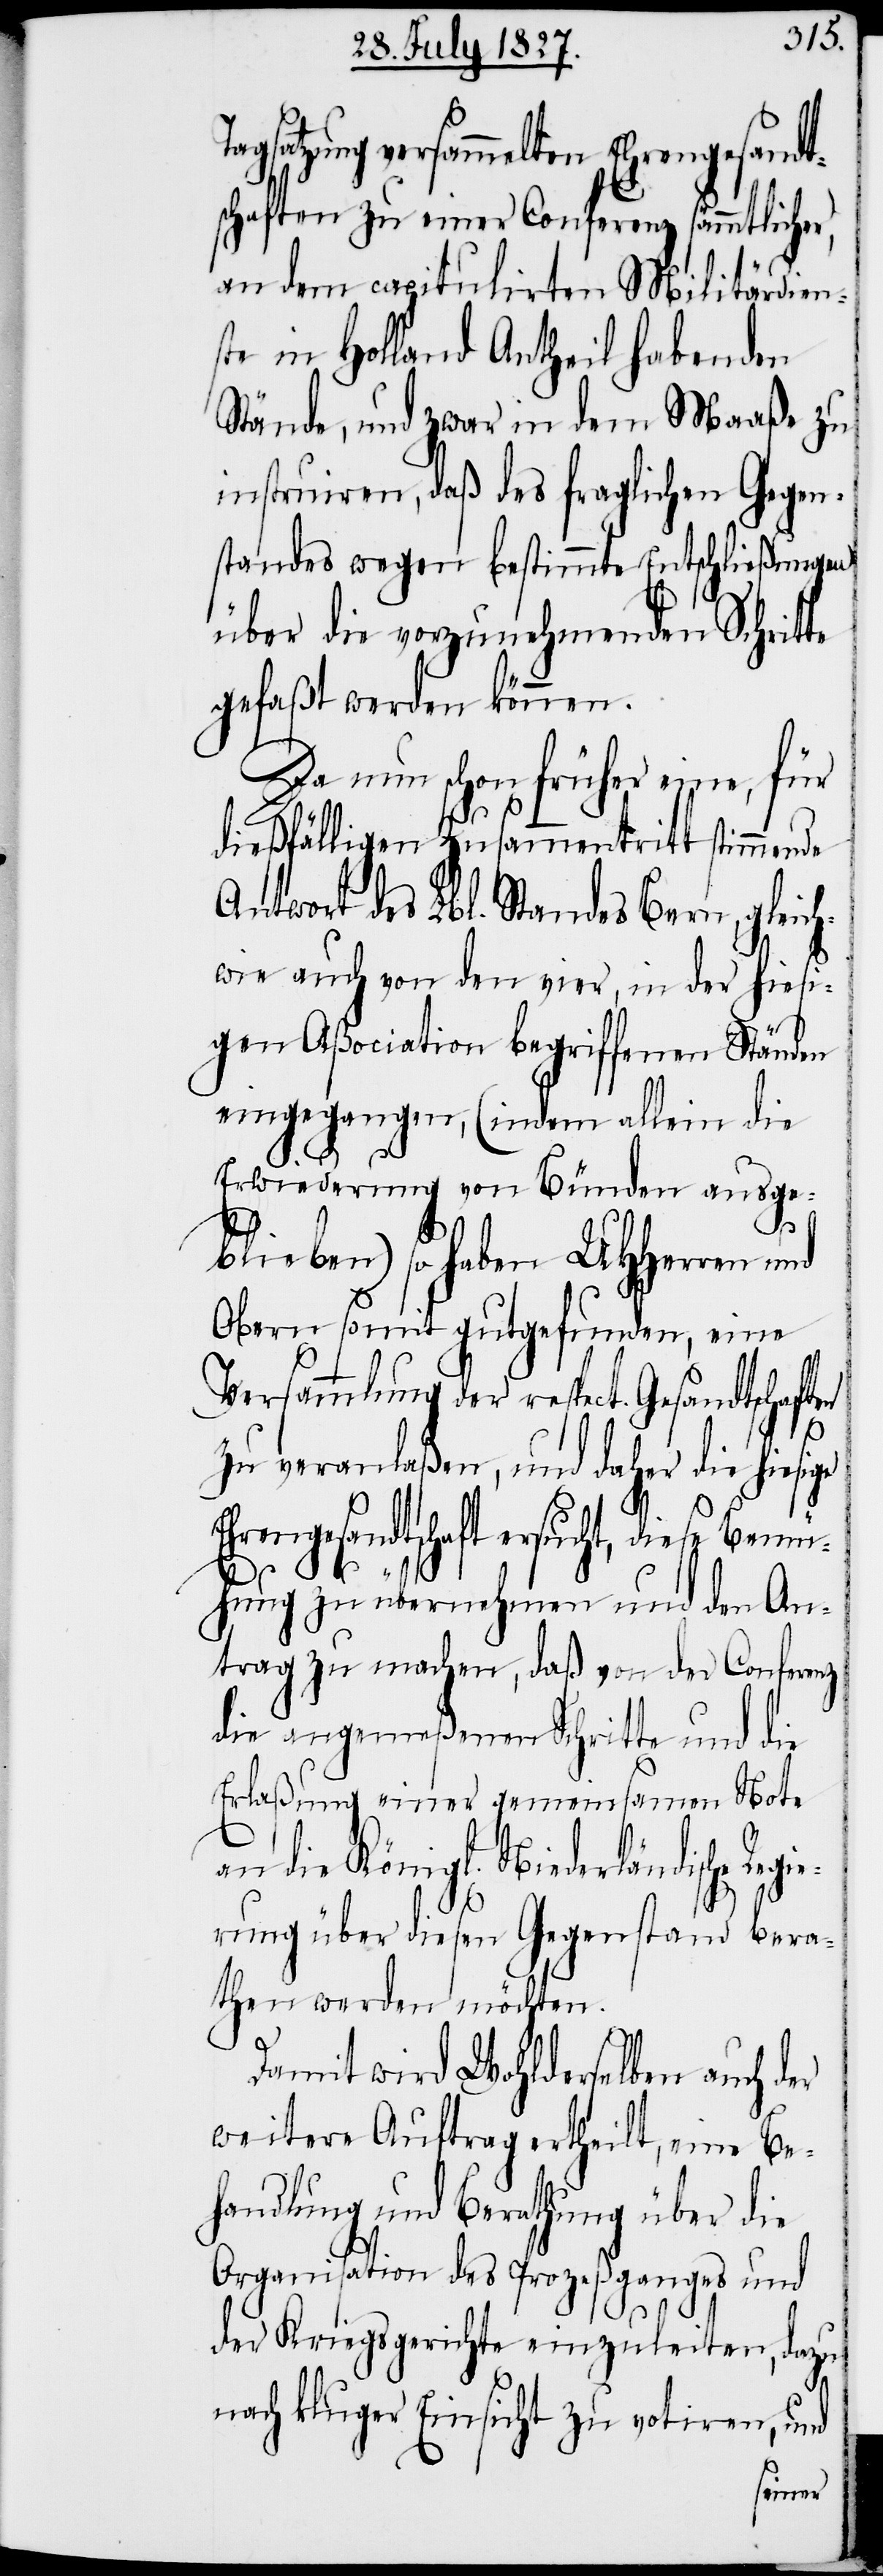
agsatzung versammelten Ehrengesandt¬
schaften zu einer Conferenz sämmtlicher,
an dem capitulirten Militärdien¬
ste in Holland Antheil habenden
Stände, und zwar in dem Maaße zu
instruiren, daß des fraglichen Gegen¬
standes wegen bestimmte Entschließungen
über die vorzunehmenden Schritte
gefaßt werden können.
Da nun schon früher eine, für
dießfälligen Zusammentritt stimmende
Antwort des Lbl. Standes Bern, gleich¬
wie auch von den vier, in der hiesi¬
gen Aßociation begriffenen Ständen
eingegangen, (indem allein die
E¬
Erwiederung von Bünden ausge¬
blieben) so haben UHHerren und
Obern somit gutgefunden, eine
Versammlung der respect. Gesandtschaften
zu veranlaßen, und daher die hiesige
hrengesandtschaft ersucht, diese Bem¬
ühung zu übernehmen und den An¬
trag zu machen, daß von der Conferenz
die angemeßenen Schritte und die
Erlaßung einer gemeinsamen Note
an die Königl. Niederländische Reg¬
ierung über diesen Gegenstand bera¬
then werden möchten.
Damit wird Wohlderselben auch der
weitere Auftrag ertheilt, eine Be¬
handlung und Berathung über die
Organisation des Prozeßganges und
der Kriegsgerichte einzuleiten, dazu
nach kluger Einsicht zu votiren, und